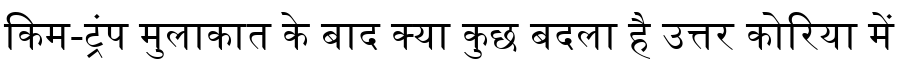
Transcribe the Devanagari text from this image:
किम-ट्रंप मुलाकात के बाद क्या कुछ बदला है उत्तर कोरिया में